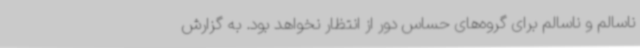
ناسالم و ناسالم برای گروه‌های حساس دور از انتظار نخواهد بود. به گزارش